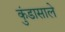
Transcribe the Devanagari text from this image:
कुंडासाले